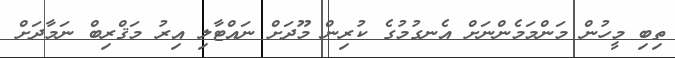
ތިބި މީހުން މަންމަމެންނަށް އެނގުމުގެ ކުރިން މޫދަށް ނައްޓާލި އިރު މަޤްރިބް ނަމާދަށް